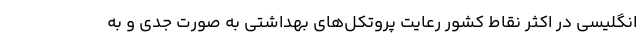
انگلیسی در اکثر نقاط کشور رعایت پروتکل‌های بهداشتی به صورت جدی و به